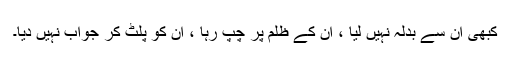
کبھی ان سے بدلہ نہیں لیا ، ان کے ظلم پر چپ رہا ، ان کو پلٹ کر جواب نہیں دیا۔